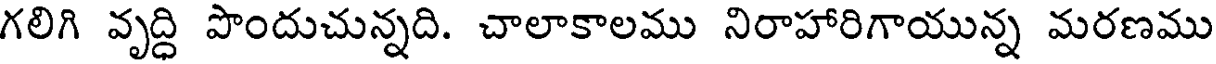
గలిగి వృద్ధి పొందుచున్నది. చాలాకాలము నిరాహారిగాయున్న మరణము